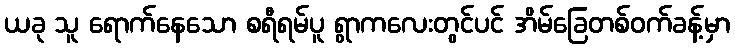
ယခု သူ ရောက်နေသော စရီရမ်ပူ ရွာကလေးတွင်ပင် အိမ်ခြေတစ်ဝက်ခန့်မှာ